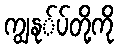
ကျွနု်ပ်တို့ကို